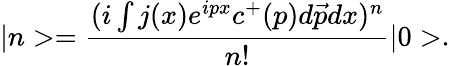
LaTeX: |n>=\frac{(i\int j(x)e^{ipx}c^{+}(p)d\vec{p}dx)^{n}}{n!}|0>.